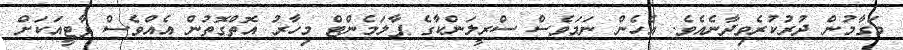
މަގާމުން ދުރުކުރެވިދާނެއެވެ. އެހެން ނަމަވެސް ސްރީލަންކާގެ ޕާލަމެންޓް މިހާރު އޮތްގޮތުން އެއްވެސް ޕާޓީއަކަށް